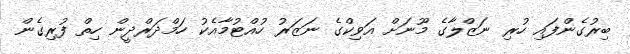
ބިރުގެންފައި ހުރި ނަޒްލާގެ މޫނަށް އަވިކްގެ ނަޒަރު ހުއްޓުމާއެކު ހަމްދަރްދީން ހިތް ފުރިގެން